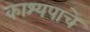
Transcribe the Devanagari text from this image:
काश्यपाचे